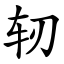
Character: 轫